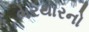
ભરથારનો